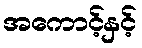
အကောင့်နှင့်